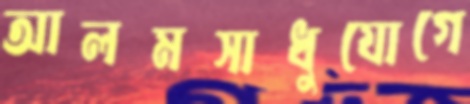
আলমসাধুযোগে